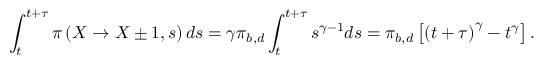
\int _ { t } ^ { t + \tau } \pi \left( X \rightarrow X \pm 1 , s \right) d s = \gamma \pi _ { b , d } \int _ { t } ^ { t + \tau } s ^ { \gamma - 1 } d s = \pi _ { b , d } \left[ \left( t + \tau \right) ^ { \gamma } - t ^ { \gamma } \right] .